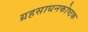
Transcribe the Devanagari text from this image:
ग्रहसाधनकोष्ठक